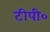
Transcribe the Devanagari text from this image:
टीपी०